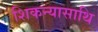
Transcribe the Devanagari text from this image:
शिकन्यासाथि